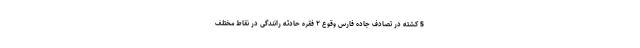
5 کشته در تصادف جاده فارس وقوع ۲ فقره حادثه رانندگی در نقاط مختلف